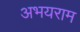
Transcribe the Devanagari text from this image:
अभयराम